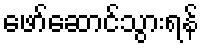
ဖော်ဆောင်သွားရန်